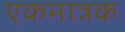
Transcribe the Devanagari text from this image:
एकमात्रक